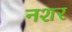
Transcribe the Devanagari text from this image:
नशर